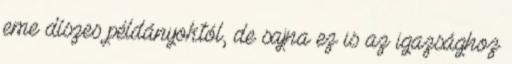
eme díszes példányoktól, de sajna ez is az igazsághoz